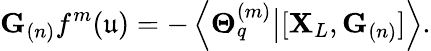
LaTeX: \mathbf{G}_{(n)}f^{m}(\mathfrak{u})=-\left\langle\mathbf{\Theta}_{q}^{(m)}\big\vert[\mathbf{X}_{L},\mathbf{G}_{(n)}]\right\rangle.